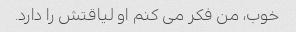
خوب، من فکر می کنم او لیاقتش را دارد.